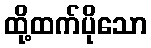
ထို့ထက်ပိုသော